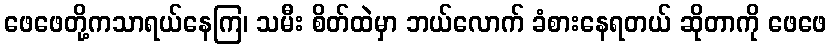
ဖေဖေတို့ကသာရယ်နေကြ၊ သမီး စိတ်ထဲမှာ ဘယ်လောက် ခံစားနေရတယ် ဆိုတာကို ဖေဖေ